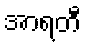
အာရတီ